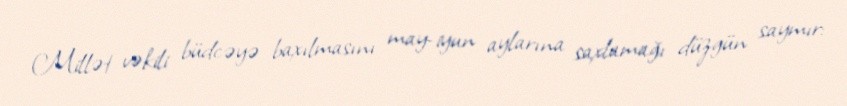
Millət vəkili büdcəyə baxılmasını may-iyun aylarına saxlamağı düzgün saymır: